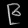
Digit: ၉